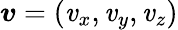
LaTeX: \boldsymbol{\mathit{v}}=(\mathit{v}_{x},\mathit{v}_{y},\mathit{v}_{z})